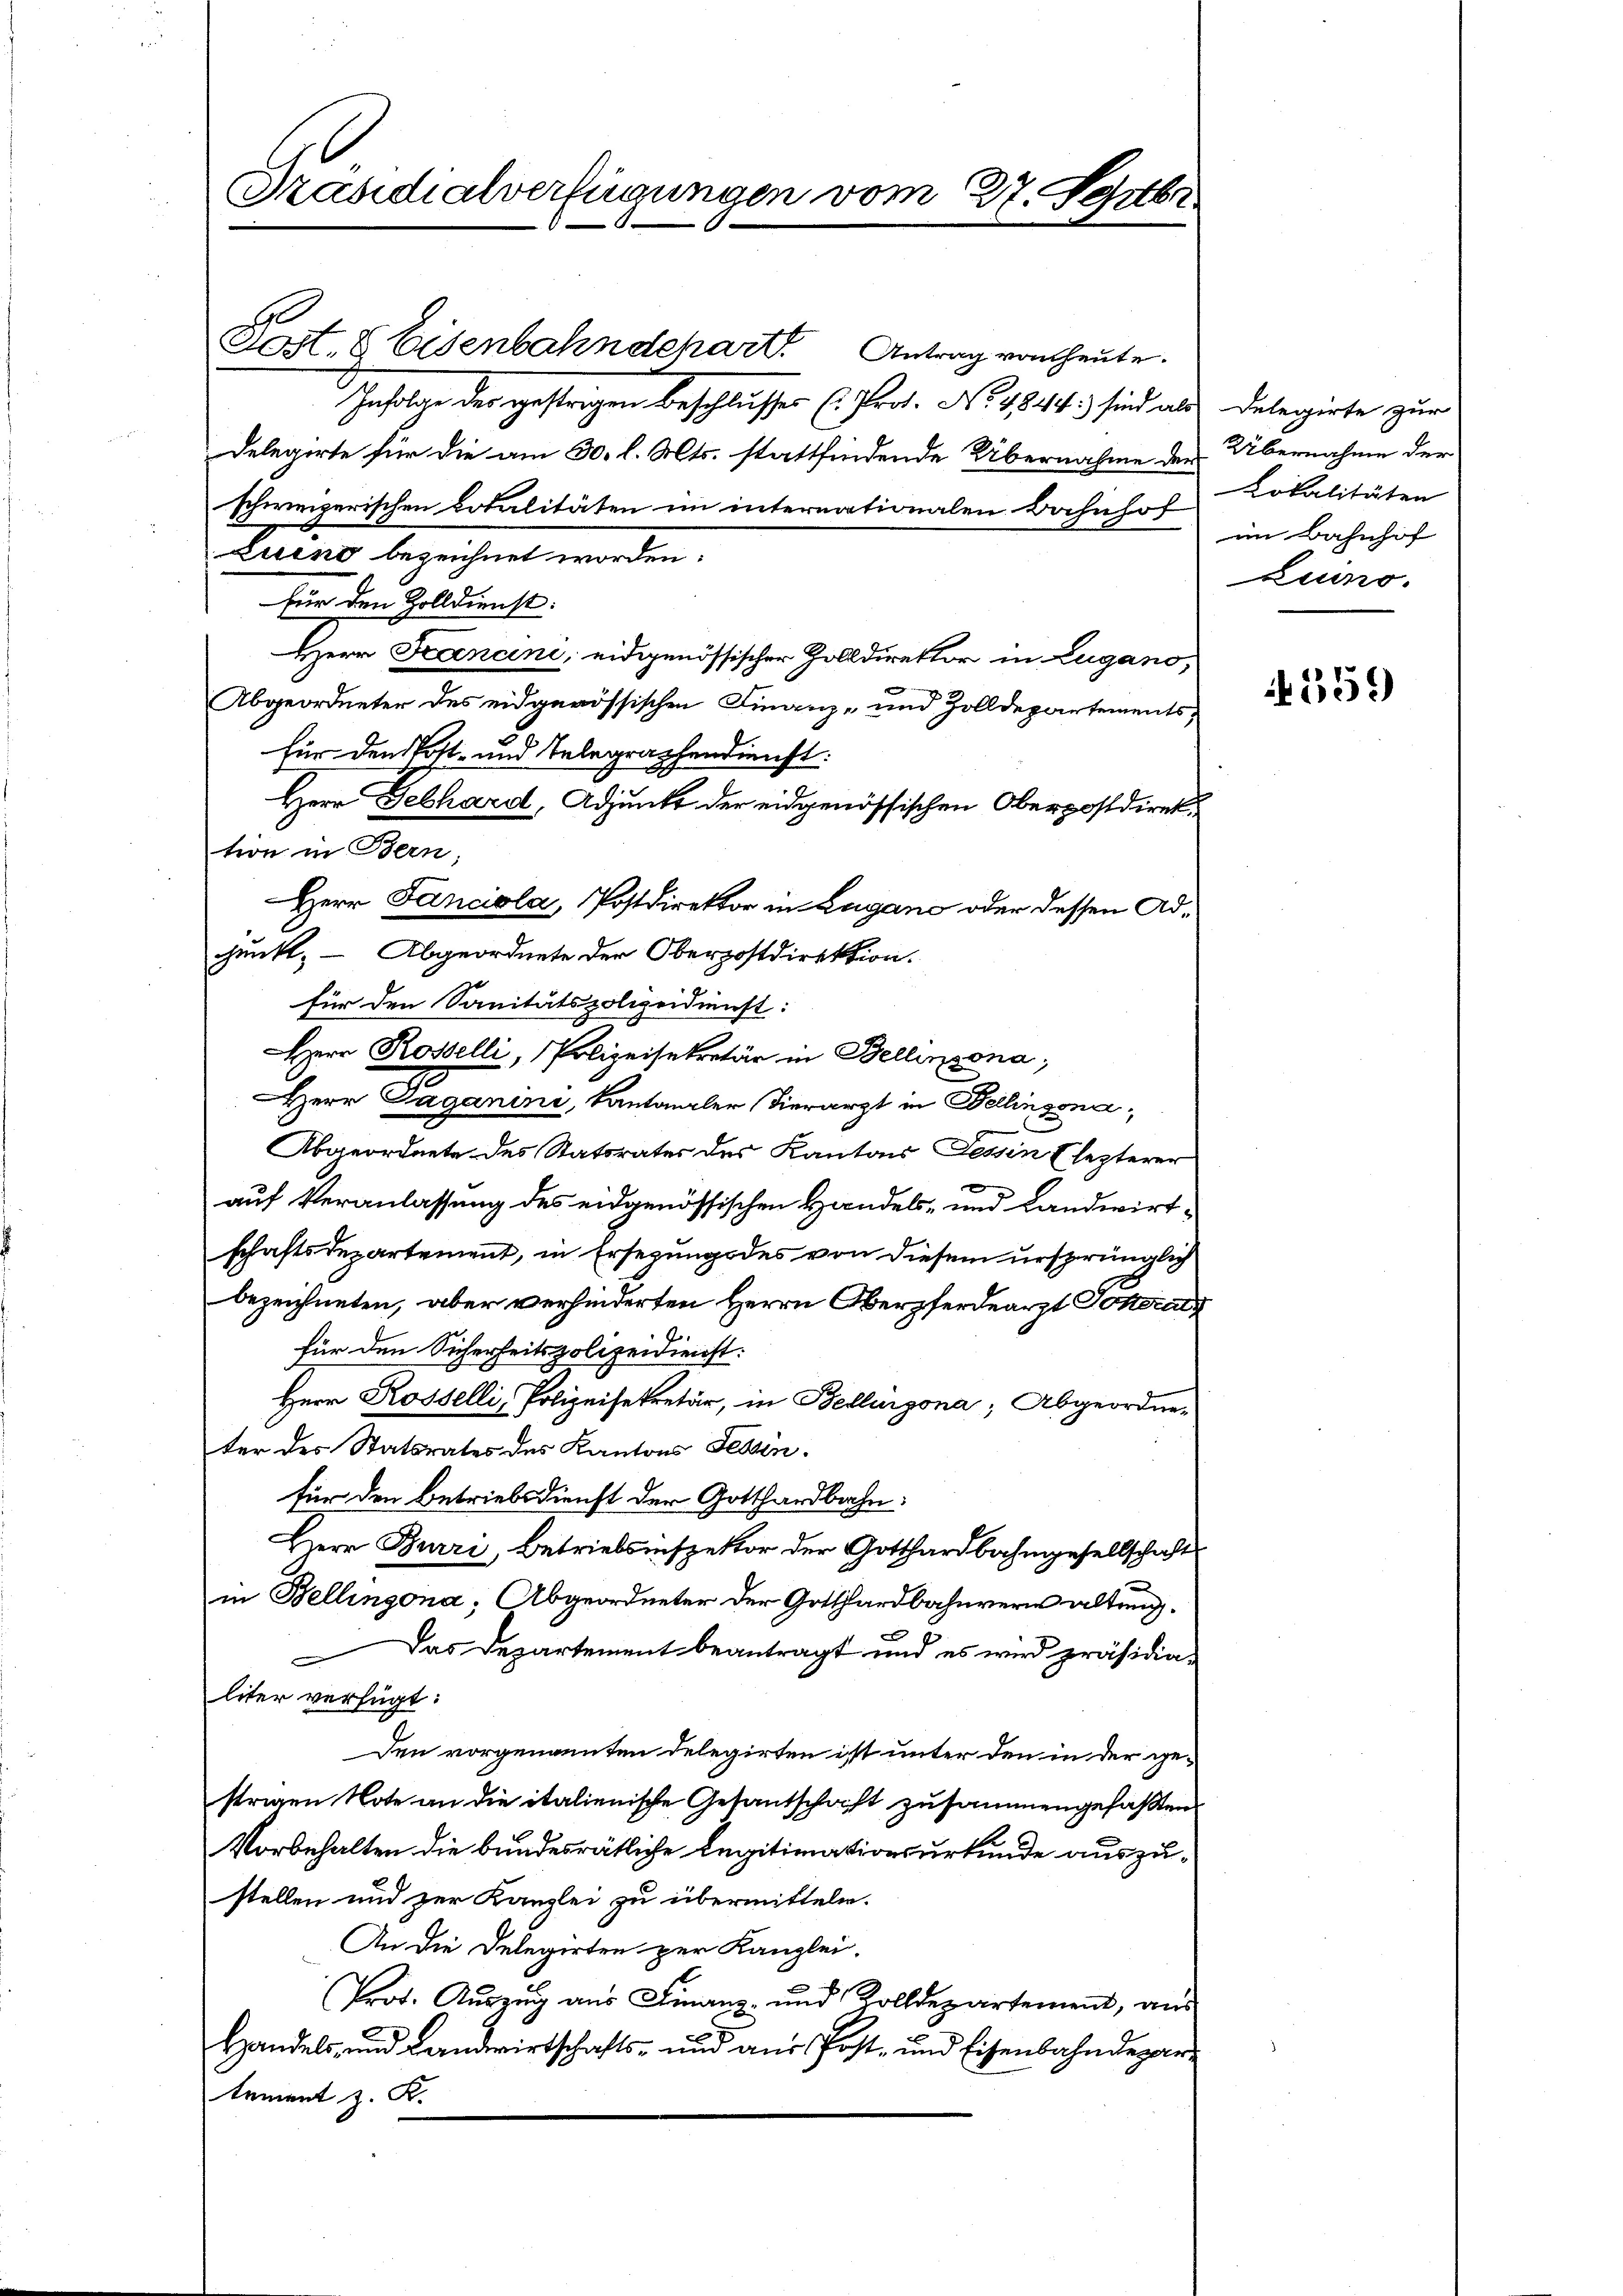
Post. 8 Eisenbahndehart Antrag von heute.
Infolge der gestrigen beschlusses (Prot. No 4844.) sind als Delegirte zur
Delegirte für die am 30. l. Mts. stattfindende Übernahme der Übernahme der
schweizerischen Dotalitäten im internationalen Bahnhof
zuend bezeichnet worden:
für den Zolldienst.
Herr Kanoni, eidgenössischer Zolldirektor in Lugano,
Abgeordneter des eidgenössischen Finanz- und Zolldepartementsfür den Post- und Telegraphendienst:
Herr Gebhard, Adjunkt der eidgenössischen Oberpostdirek
tion in Bern;
Herr Fanciola, Postdirektor in Lugano oder dessen Adjunkt, – Abgeordnete der Oberpostdirektion.
für den Sanitätspolizeidienst:
Herr Rosselli, Polizeisekretär in Bellinzona,
Herr Paganini, Kantonaler hierarzt in Dellinzona,
Abgeordnete des Statsrates des Kantons Tessin lezterer
x
auf Veranlassung des eidgenössischen Handels- und Landwirtschaftsdepartement, in Ersezung des von diesem ursprünglich
bezeichneten, aber verhinderten Herrn Oberzferdearzt Gotterals
für den Sicherheitspolizeidienst:
Herr Rosselli, Polizeisekretär, in Bellinzona, Abgeordneter des Statsrates des Kantons Tessin.
für den Betriebsdienst der Gotthardbahn.
Herr Burri, Betriebsinspektor der Gotthardbahngesellschaft
in Bellingona; Abgeordneter der Gotthardbahnvern altung¬
Das Departement beantragt und es wird präsidialiter verfügt:
Den vorgenannten Delegirten ist unter den in der gestrigen Note an die italienische Gesantschaft zusammengefaßten
Vorbehalten die bundesrätliche Legitimationsurkunde auszustellen und zur Kanzlei zu übermitteln.
An die Delegirten zur Kanzlei-
Prot. Auszug aus Finanz- und Zolldepartement, aus
Handels, und Landwirtschafts- und aus Post- und Eisenbahndepartement z. K.

Präsidialverfügungen vom 27. Septbr

Lokalitäten
im Bahnhof
Luno.

559